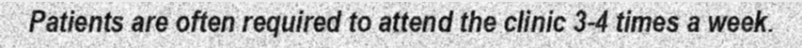
Patients are often required to attend the clinic 3-4 times a week.